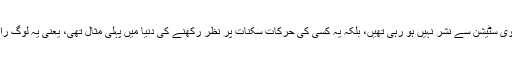
اُس دن کمرے میں بیٹھے افراد سکرین پر جو تصاویر دیکھ رہے تھے وہ کسی ٹی وی سٹیشن سے نشر نہیں ہو رہی تھیں، بلکہ یہ کسی کی حرکات سکنات پر نظر رکھنے کی دنیا میں پہلی مثال تھی، یعنی یہ لوگ راکٹ کو فضا میں بلند ہوتے ہوئے دنیا کے پہلے سی سی ٹی وی پر دیکھ رہے تھے۔